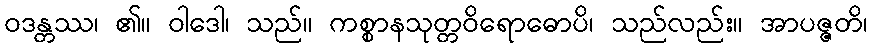
ဝဒန္တဿ၊ ၏။ ဝါဒေါ၊ သည်။ ကစ္စာနသုတ္တဝိရောဓောပိ၊ သည်လည်း။ အာပဇ္ဇတိ၊